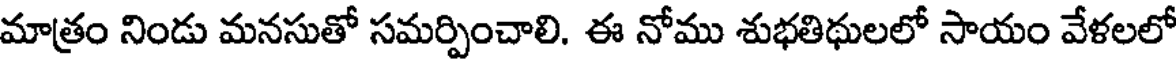
మాత్రం నిండు మనసుతో సమర్పించాలి. ఈ నోము శుభతిథులలో సాయం వేళలలో